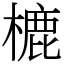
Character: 樚